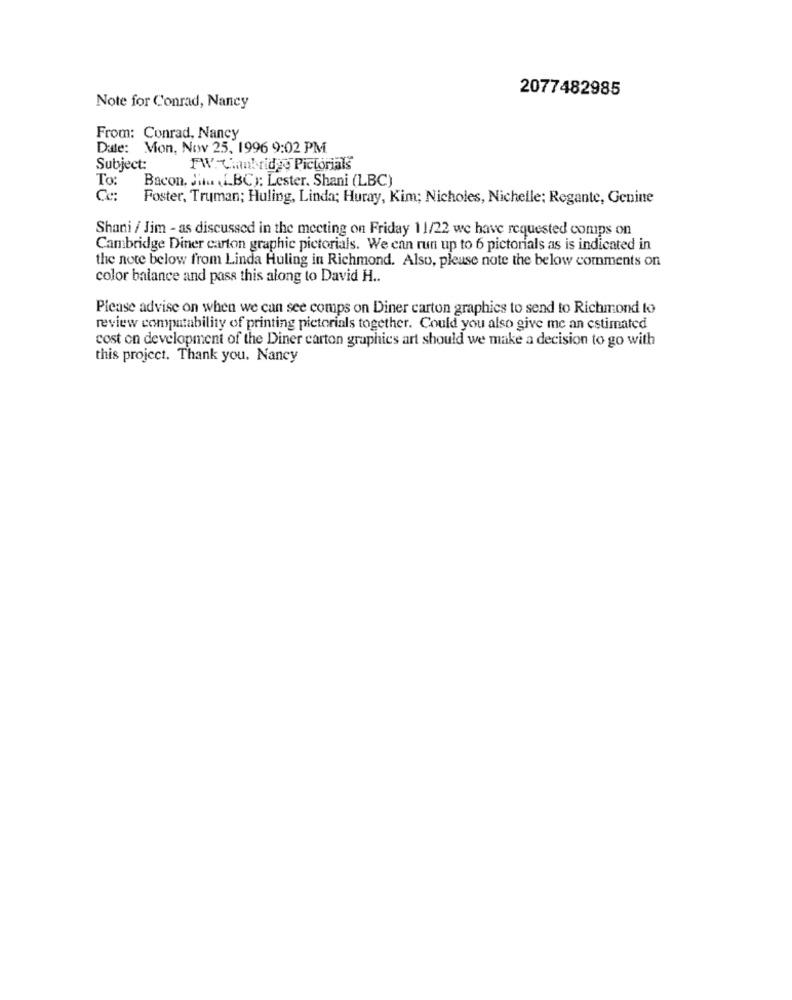
2077482985
Note for Conrad, Nancy
From: Conrad, Nancy
Date: Mon, Nov 25, 1996 9:02 PM
Subject:
FW. Cambridge Pictorials
To:
Bacon, Ja (LBC); Lester. Shani (LBC)
Cc:
Foster, Truman; Huling, Linda; Huray, Kim; Nicholes, Nichelle: Regante, Genine
Shani / Jim - as discussed in the meeting on Friday 11/22 we have requested comps on
Cambridge Diner carton graphic pictorials. We can run up to 6 pictorials as is indicated in
the note below from Linda Huling in Richmond. Also, please note the below comments on
color balance and pass this along to David H ..
Please advise on when we can see comps on Diner carton graphics to send to Richmond to
review computability of printing pictorials together. Could you also give me an estimated
cost on development of the Diner carton graphics art should we make a decision to go with
this project. Thank you. Nancy